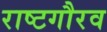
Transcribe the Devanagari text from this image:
राष्‍टगौरव